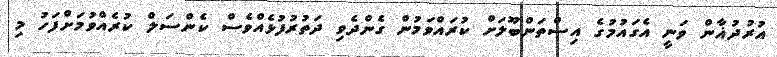
އުރުދުޣާން ވަނީ އެގައުމުގެ އިސްތަންބޫލަށް ކުރައްވަމުން ގެންދެވި ދަތުރުފުޅެއްވެސް ކެންސަލް ކުރެއްވުމަށްފަހު މި